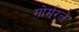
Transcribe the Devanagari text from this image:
गोर्मरले